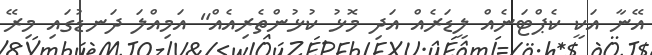
އޭނާ އަކީ ކެޕްޓަނެއް ލީޑަރެއް އަދި މޮޅު ކުޅުންތެރިއެއް" އަމިއްލަ ދަނޑުގައި މިރޭ